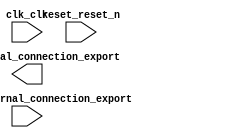

module niosII_demo (
	clk_clk,
	leds_external_connection_export,
	reset_reset_n,
	switches_external_connection_export);	

	input		clk_clk;
	output	[9:0]	leds_external_connection_export;
	input		reset_reset_n;
	input	[9:0]	switches_external_connection_export;
endmodule